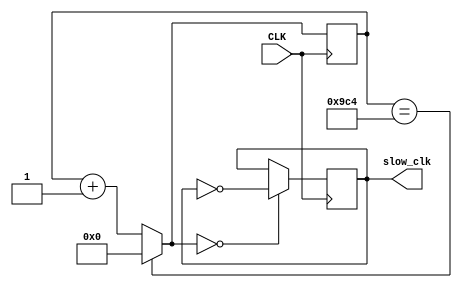
module clk_20k(
    input CLK,
    output reg slow_clk
    );
    reg [11:0] count=12'b0;
    initial begin
       slow_clk=0; 
    end
    always @(posedge CLK) begin
        count=(count==12'b100111000100)?0:count+1;
        slow_clk<=(count==12'b0)?~slow_clk:slow_clk;
    end
endmodule